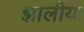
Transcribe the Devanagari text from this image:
झालीया